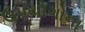
ઉપયોગોના